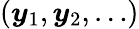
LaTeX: ({\boldsymbol{y}}_{1},{\boldsymbol{y}}_{2},\dots)